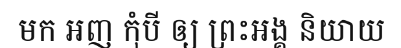
មក អញ កុំបី ឲ្យ ព្រះអង្គ និយាយ